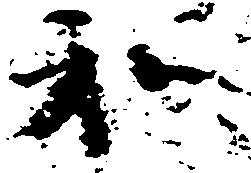
和